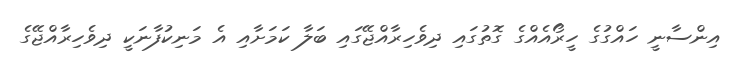
އިންސާނީ ހައްގުގެ ހީރޯއެއްގެ ގޮތުގައި ދިވެހިރާއްޖޭގައި ބަލާ ކަމަށާއި އެ މަނިކުފާނަކީ ދިވެހިރާއްޖޭގެ